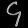
Digit: ၄